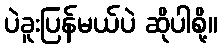
ပဲခူးပြန်မယ်ပဲ ဆိုပါစို့။